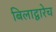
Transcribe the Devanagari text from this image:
बिलाद्वारेच